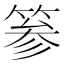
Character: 𥮾